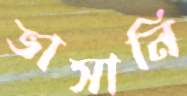
ভাসানি